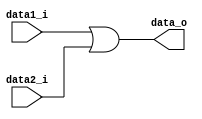
module OR 
(
    data1_i, data2_i,
    data_o
);

/* Ports */
input       data1_i, data2_i;
output      data_o;

/* OR operation */
assign  data_o = data1_i | data2_i;

endmodule